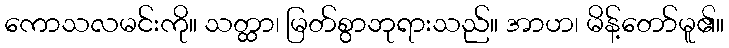
ကောသလမင်းကို။ သတ္ထာ၊ မြတ်စွာဘုရားသည်။ အာဟ၊ မိန့်တော်မူ၏။